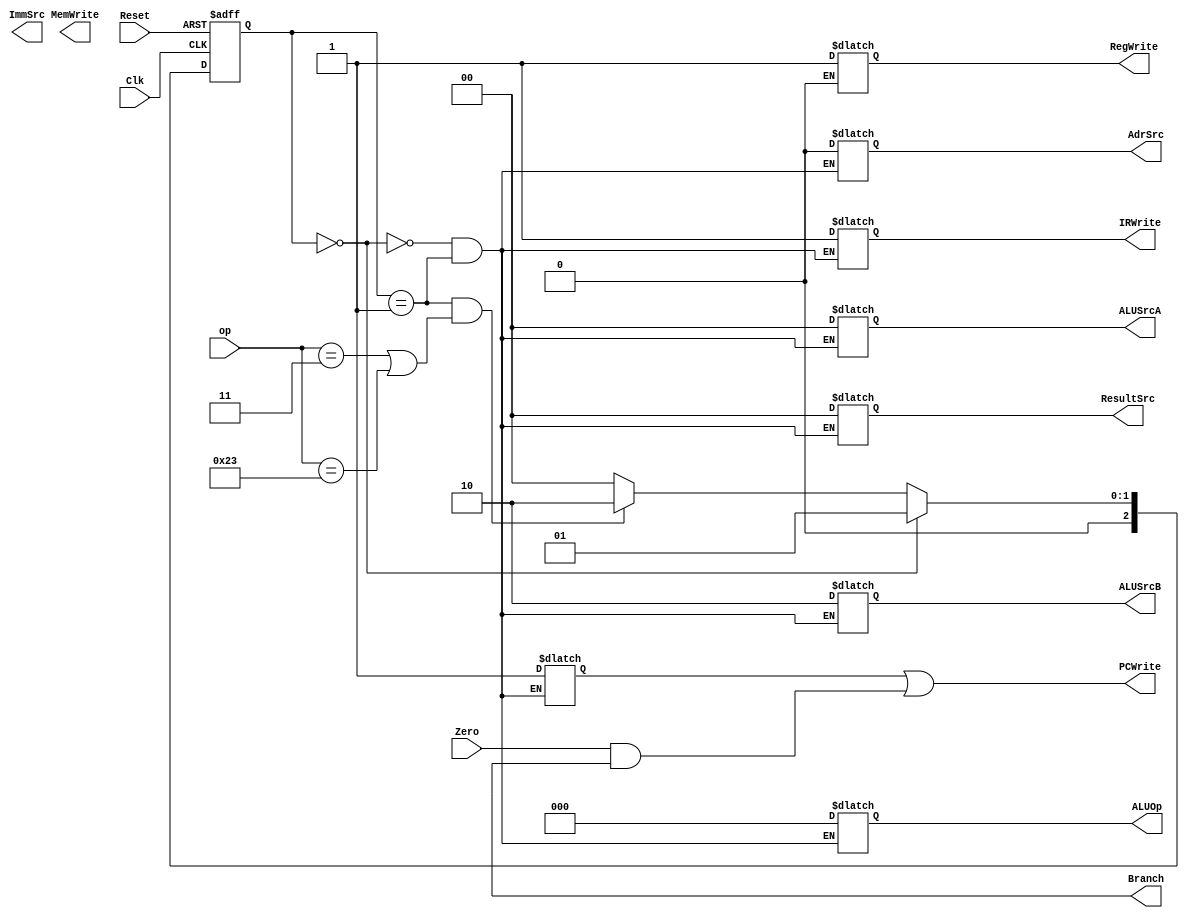
// Code your design here
// S0: Fetch
// S1: Deccode 
// S2: MemAdr
// S3: MemRead
// S4: MemWB


module MainFSM(op,               
Clk,
Reset,
Zero,
PCWrite,
Branch,
RegWrite,
MemWrite,
IRWrite,
ResultSrc,
ALUSrcA,
ALUSrcB,
ImmSrc,
AdrSrc,
ALUOp);
input Clk,Zero,Reset;
input [6:0]op;
output reg PCWrite,AdrSrc,MemWrite,IRWrite,RegWrite,Branch;
output reg [1:0]ResultSrc,ALUSrcA,ALUSrcB,ImmSrc;
output reg [2:0]ALUOp;
parameter  S0 = 000, S1 = 001, S2 = 010, S3 = 011, S4 = 100;
reg [2:0]PresentState,NextState;
reg PCUpdate;
//Next State
always@(*) begin
    if(PresentState == S0) begin
        NextState <= S1;
    end
    else if(PresentState == S1 && (op==7'd3 || op==7'd35)) begin
        NextState <=S2;
    end
    else if(PresentState == S2 && (op==7'd3)) begin
        NextState <=S3;
    end
    else if(PresentState == S3) begin
        NextState <=S4;
    end
    else if(PresentState == S4) begin
        NextState <=S0;
    end
    else begin
        NextState <= S0;
    end
end
// Flop
  always @(posedge Reset or posedge Clk) begin
    if(Reset) begin
        PresentState <= S0;
    end
    else begin
        PresentState <= NextState;
    end
end 
// Output
always @(*) begin
    if(PresentState == S0) begin
        AdrSrc <= 0;
        IRWrite <= 1;
        ALUSrcA <= 2'b00;
        ALUSrcB <= 2'b10;
        ALUOp <= 2'b00;
        ResultSrc <= 2'b00;
        PCUpdate <= 1;
        end
    else if(PresentState == S1) begin
          // Do Nothing or wait
        end
    else if(PresentState == S2) begin        
         ALUSrcA <= 2'b10;
         ALUSrcB <= 2'b01;
         ALUOp <= 2'b00;
        end
    else if(PresentState == S3) begin        
         ResultSrc <= 2'b10;
         AdrSrc <=1;
        end         
    else if(PresentState == S4) begin        
         ResultSrc <= 2'b01;
         RegWrite <= 1;
        end
    else begin
        AdrSrc <= 0;
        IRWrite <= 1;
        ALUSrcA <= 2'b00;
        ALUSrcB <= 2'b10;
        ALUOp <= 2'b00;
        ResultSrc <= 2'b00;
        PCUpdate <= 1;
    end
    PCWrite = PCUpdate | (Zero & Branch);                    
end
endmodule